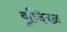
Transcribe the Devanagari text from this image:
बुध्दिबळ